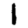
Digit: 1